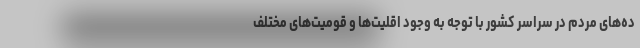
ده‌های مردم در سراسر کشور با توجه به وجود اقلیت‌ها و قومیت‌های مختلف